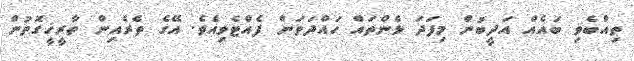
ތިއްބެވި ބައެއް އަދީބުން މިފަދަ ޅެންތައް ހައްދަވަން ފެއްޓެވިއެވެ. އޭގެ ތެރެއިން ތާރީޚީގޮތުން